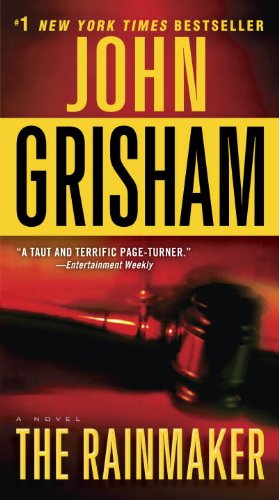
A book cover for The Rainmaker: A Novel; John Grisham; Mystery, Thriller & Suspense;